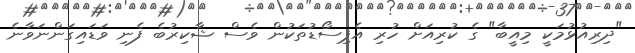
"ދިރިއުޅުމަކީ މިއީބާ" ގެ ކުރިއަށް ހުރި އެޕިސޯޑުތަކުން ވެސް ޝާކިރުބެ ފެނި ވަޑައިގަންނަވާނެ